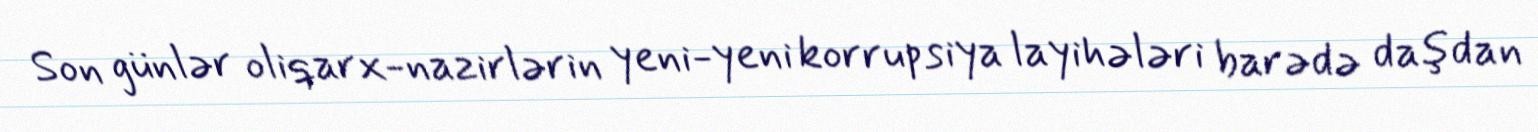
Son günlər oliqarx-nazirlərin yeni-yeni korrupsiya layihələri barədə daşdan